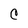
Character: C